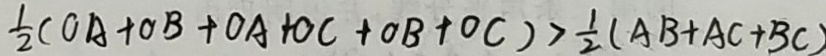
\frac { 1 } { 2 } ( O A + O B + O A + O C + O B + O C ) > \frac { 1 } { 2 } ( A B + A C + B C )